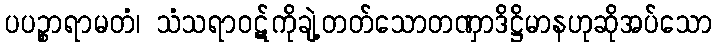
ပပဉ္စာရာမတံ၊ သံသရာဝဋ်ကိုချဲ့တတ်သောတဏှာဒိဋ္ဌိမာနဟုဆိုအပ်သော